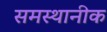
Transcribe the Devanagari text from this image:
समस्थानीक